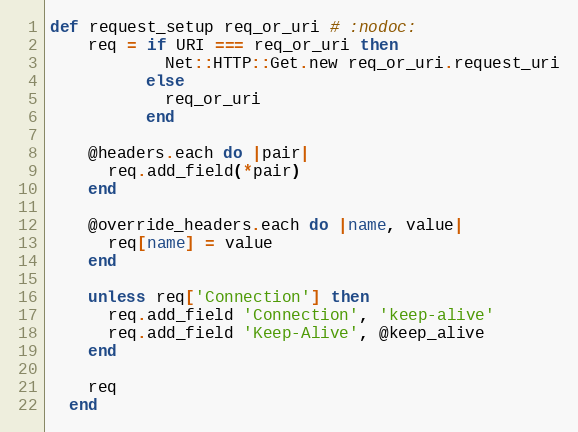
Language: Ruby
def request_setup req_or_uri # :nodoc:
    req = if URI === req_or_uri then
            Net::HTTP::Get.new req_or_uri.request_uri
          else
            req_or_uri
          end

    @headers.each do |pair|
      req.add_field(*pair)
    end

    @override_headers.each do |name, value|
      req[name] = value
    end

    unless req['Connection'] then
      req.add_field 'Connection', 'keep-alive'
      req.add_field 'Keep-Alive', @keep_alive
    end

    req
  end